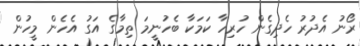
ރޯނު އެދުރު ހެދިގެން ހުރިހާ ކަމަކާ ބެހުނީމަ ތިމާގެ އަގު އެހެން މީހުން